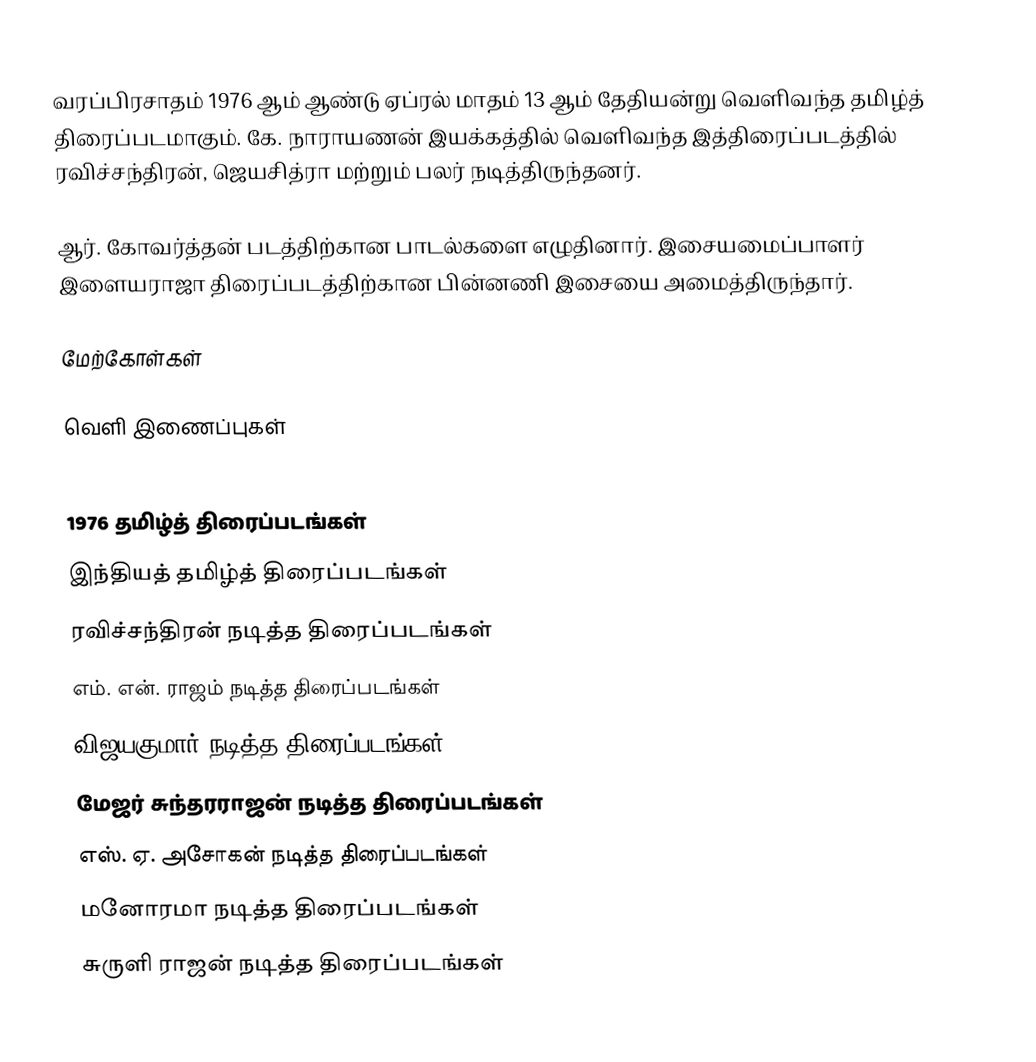
வரப்பிரசாதம் 1976 ஆம் ஆண்டு ஏப்ரல் மாதம் 13 ஆம் தேதியன்று வெளிவந்த தமிழ்த் திரைப்படமாகும். கே. நாராயணன் இயக்கத்தில் வெளிவந்த இத்திரைப்படத்தில் ரவிச்சந்திரன், ஜெயசித்ரா மற்றும் பலர் நடித்திருந்தனர்.

ஆர். கோவர்த்தன் படத்திற்கான பாடல்களை எழுதினார். இசையமைப்பாளர் இளையராஜா திரைப்படத்திற்கான பின்னணி இசையை அமைத்திருந்தார்.

மேற்கோள்கள்

வெளி இணைப்புகள்

1976 தமிழ்த் திரைப்படங்கள்
இந்தியத் தமிழ்த் திரைப்படங்கள்
ரவிச்சந்திரன் நடித்த திரைப்படங்கள்
எம். என். ராஜம் நடித்த திரைப்படங்கள்
விஜயகுமார் நடித்த திரைப்படங்கள்
மேஜர் சுந்தரராஜன் நடித்த திரைப்படங்கள்
எஸ். ஏ. அசோகன் நடித்த திரைப்படங்கள்
மனோரமா நடித்த திரைப்படங்கள்
சுருளி ராஜன் நடித்த திரைப்படங்கள்